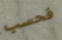
فحسب